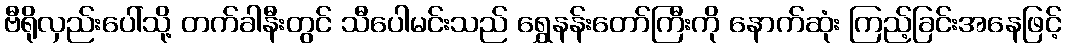
ဗီရိုလှည်းပေါ်သို့ တက်ခါနီးတွင် သီပေါမင်းသည် ရွှေနန်းတော်ကြီးကို နောက်ဆုံး ကြည့်ခြင်းအနေဖြင့်